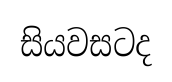
සියවසටද